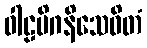
ဝါဠမိဂနိသေဝိတံ